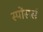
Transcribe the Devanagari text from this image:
स्पोंसर्स